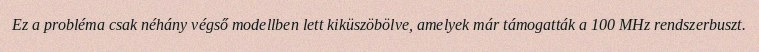
Ez a probléma csak néhány végső modellben lett kiküszöbölve, amelyek már támogatták a 100 MHz rendszerbuszt.